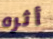
أثره